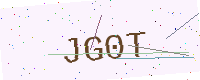
Text: JG0T